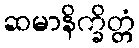
ဆမာနိက္ခိတ္တံ